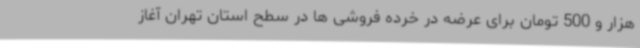
هزار و 500 تومان برای عرضه در خرده فروشی ها در سطح استان تهران آغاز